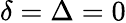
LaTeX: \delta=\Delta=0